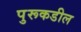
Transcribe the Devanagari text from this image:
पुरूकडील